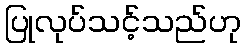
ပြုလုပ်သင့်သည်ဟု